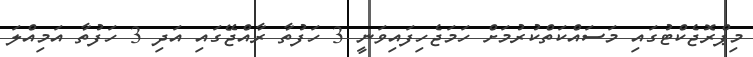
މިޕްރޮޖެކްޓުގައި މަސައްކަތްކުރުމަށް ހަމަޖެހިފައިވަނީ 3 ހަފުތާ ރާއްޖޭގައި އަދި 3 ހަފުތާ އަމިއްލަ